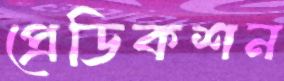
প্রেডিকশন